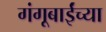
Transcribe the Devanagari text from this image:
गंगूबाईंच्या